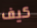
كيف